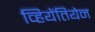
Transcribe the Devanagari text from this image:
व्हियेंतियेन